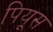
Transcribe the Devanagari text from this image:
पियूस